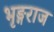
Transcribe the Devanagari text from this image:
भृङ्गराज